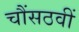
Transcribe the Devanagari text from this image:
चौंसठवीं